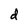
Character: d